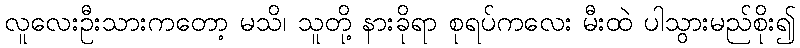
လူလေးဦးသားကတော့ မသိ၊ သူတို့ နားခိုရာ စုရပ်ကလေး မီးထဲ ပါသွားမည်စိုး၍